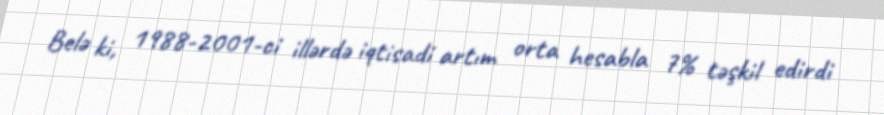
Belə ki, 1988-2001-ci illərdə iqtisadi artım orta hesabla 7% təşkil edirdi